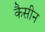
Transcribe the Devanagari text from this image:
कैसीन